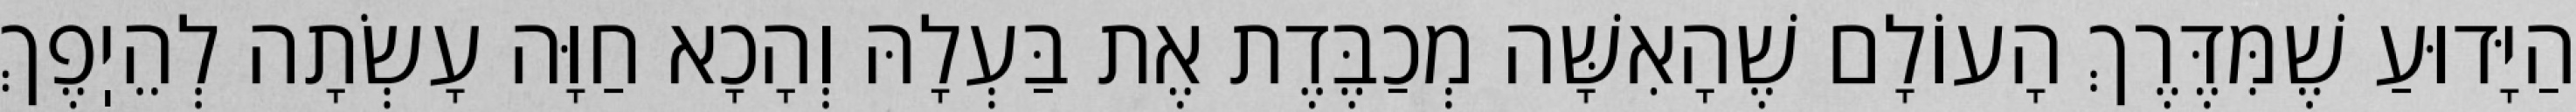
הַיָּדוּעַ שֶׁמִּדֶּרֶךְ הָעוֹלָם שֶׁהָאִשָּׁה מְכַבֶּדֶת אֶת בַּעְלָהּ וְהָכָא חַוָּה עָשְׂתָה לְהֵיֽפֶךְ